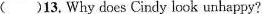
( )13.Why does Cindy look unhappy?